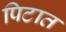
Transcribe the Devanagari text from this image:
पिटात